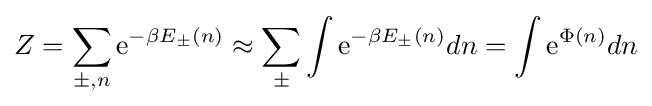
Z=\sum _{\pm ,n}\mathrm {e} ^{-\beta E_{\pm }(n)}\approx \sum _{\pm }\int \mathrm {e} ^{-\beta E_{\pm }(n)}dn=\int \mathrm {e} ^{\Phi (n)}dn